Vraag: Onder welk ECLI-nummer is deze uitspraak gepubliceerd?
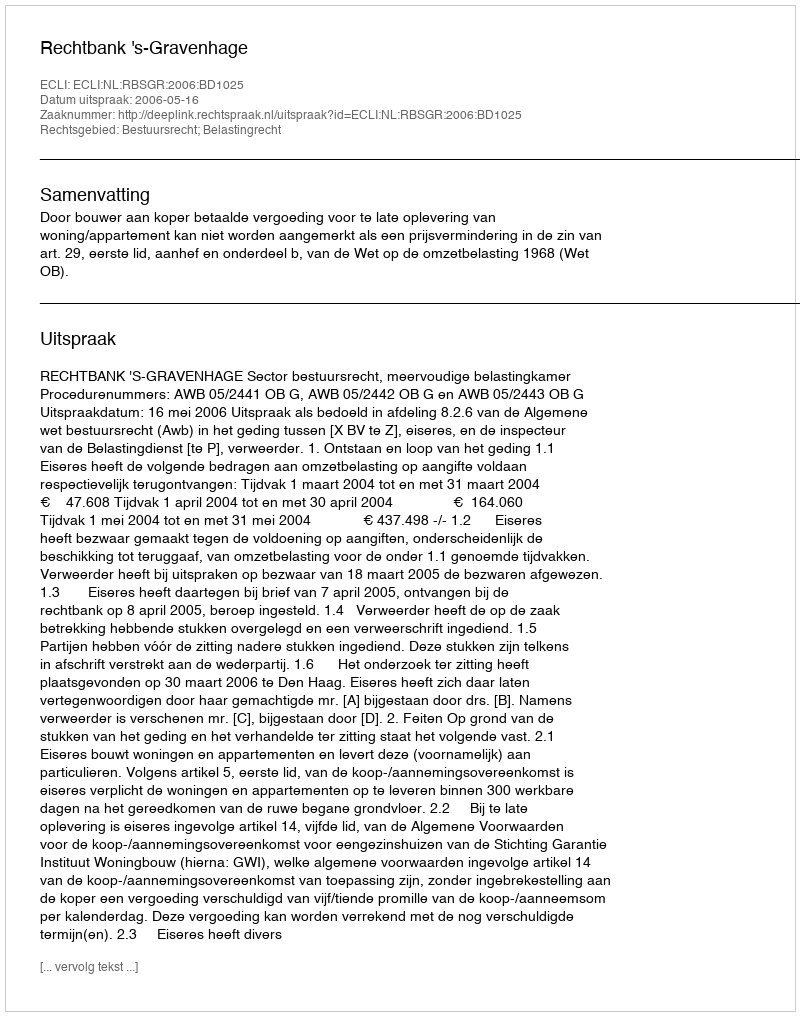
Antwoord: ECLI:NL:RBSGR:2006:BD1025